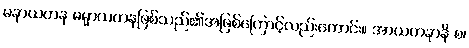
မနာယတန ဓမ္မာယတနဖြစ်သည်၏အဖြစ်ကြောင့်လည်းကောင်း။ အာယတနာနိ စ၊